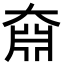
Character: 𡙆